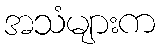
အသံများက